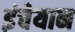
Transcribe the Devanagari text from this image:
इंचेयान